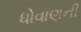
ધોવાણની